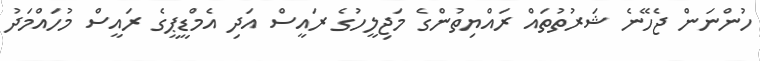
ހުންނަން ޖެހޭނެ ޝަރުތުތައް ރައްޔިތުންގެ މަޖިލީހުގެ ރައީސް އަދި އެމްޑީޕީގެ ރައީސް މުހައްމަދު